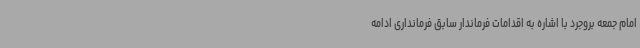
امام جمعه بروجرد با اشاره به اقدامات فرماندار سابق فرمانداری ادامه